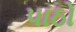
પાઠો